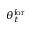
\theta _ { t } ^ { \mathrm { { f o r } } }